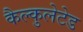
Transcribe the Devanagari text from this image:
कैल्कुलेटेड